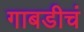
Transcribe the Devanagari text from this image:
गाबडीचं